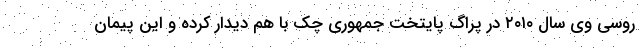
روسی وی سال ۲۰۱۰ در پراگ پایتخت جمهوری چک با هم دیدار کرده و این پیمان